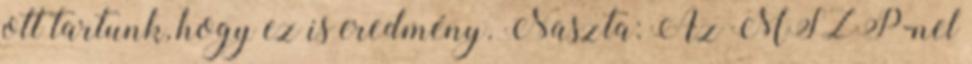
ott tartunk, hogy ez is eredmény. Naszta: Az MSZP-nel